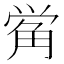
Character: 𰴣